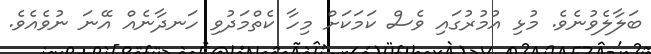
ބަލާލެވުނެވެ. މުޅި އުމުރުގައި ވެސް ކަމަކަށް މިހާ ކެތްމަދުވި ހަނދާނެއް އޭނަ ނުވެއެވެ.